Report of the Indian Hemp Drugs Commission, 1894-1895 - Volume IV
Year: 1894
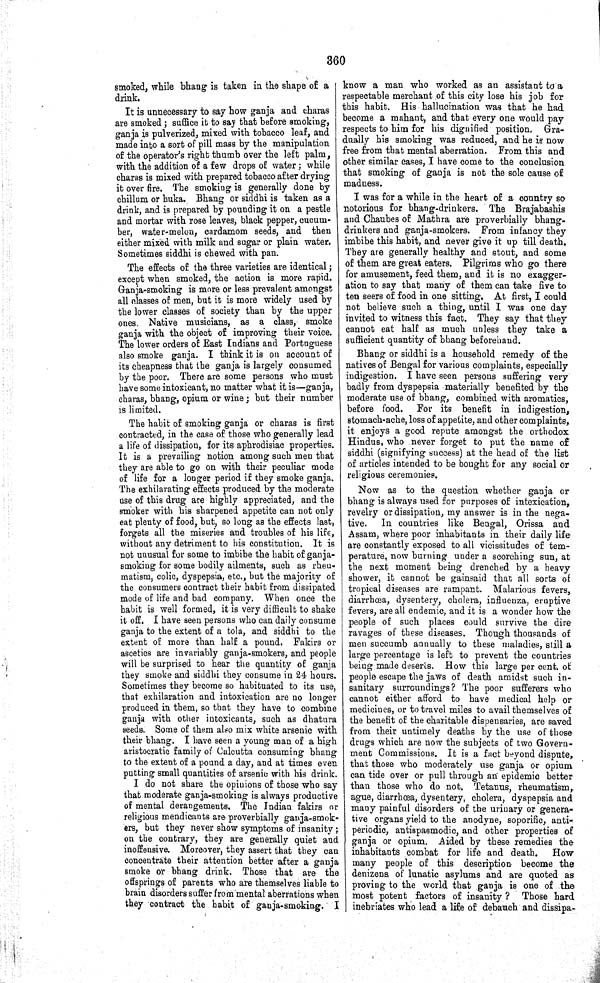
360
smoked, while bhang is taken in the shape of a
drink.
It is unnecessary to say how ganja and charas
are smoked; suffice it to say that before smoking,
ganja is pulverized, mixed with tobacco leaf, and
made into a sort of pill mass by the manipulation
of the operator's right thumb over the left palm,
with the addition of a few drops of water; while
charas is mixed with prepared tobacco after drying
it over fire. The smoking is generally done by
chillum or huka. Bhang or siddhi is taken as a
drink, and is prepared by pounding it on a pestle
and mortar with rose leaves, black pepper, cucum-
ber, water-melon, cardamom seeds, and then
either mixed with milk and sugar or plain water.
Sometimes siddhi is chewed with pan.
The effects of the three varieties are identical;
except when smoked, the action is more rapid.
Ganja-smoking is more or less prevalent amongst
all classes of men, but it is more widely used by
the lower classes of society than by the upper
ones. Native musicians, as a class, smoke
ganja with the object of improving their voice.
The lower orders of East Indians and Portuguese
also smoke ganja. I think it is on account of
its cheapness that the ganja is largely consumed
by the poor. There are some persons who must
have some intoxicant, no matter what it is—ganja,
charas, bhang, opium or wine; but their number
is limited.
The habit of smoking ganja or charas is first
contracted, in the case of those who generally lead
a life of dissipation, for its aphrodisiac properties.
It is a prevailing notion among such men that
they are able to go on with their peculiar mode
of life for a longer period if they smoke ganja.
The exhilarating effects produced by the moderate
use of this drug are highly appreciated, and the
smoker with his sharpened appetite can not only
eat plenty of food, but, so long as the effects last,
forgets all the miseries and troubles of his life,
without any detriment to his constitution. It is
not unusual for some to imbibe the habit of ganja-
smoking for some bodily ailments, such as rheu-
matism, colic, dyspepsia, etc., but the majority of
the consumers contract their habit from dissipated
mode of life and bad company. When once the
habit is well formed, it is very difficult to shake
it off. I have seen persons who can daily consume
ganja to the extent of a tola, and siddhi to the
extent of more than half a pound. Fakirs or
ascetics are invariably ganja-smokers, and people
will be surprised to hear the quantity of ganja
they smoke and siddhi they consume in 24 hours.
Sometimes they become so habituated to its use,
that exhilaration and intoxication are no longer
produced in them, so that they have to combine
ganja with other intoxicants, such as dhatura
seeds. Some of them also mix white arsenic with
their bhang. I have seen a young man of a high
aristocratic family of Calcutta consuming bhang
to the extent of a pound a day, and at times even
putting small quantities of arsenic with his drink.
I do not share the opinions of those who say
that moderate ganja-smoking is always productive
of mental derangements. The Indian fakirs or
religious mendicants are proverbially ganja-smok-
ers, but they never show symptoms of insanity;
on the contrary, they are generally quiet and
inoffensive. Moreover, they assert that they can
concentrate their attention better after a ganja
smoke or bhang drink. Those that are the
offsprings of parents who are themselves liable to
brain disorders suffer from mental aberrations when
they contract the habit of ganja-smoking. I
know a man who worked as an assistant to a
respectable merchant of this city lose his job for
this habit. His hallucination was that he had
become a mahant, and that every one would pay
respects to him for his dignified position. Gra-
dually his smoking was reduced, and he is now
free from that mental aberration. From this and
other similar cases, I have come to the conclusion
that smoking of ganja is not the sole cause of
madness.
I was for a while in the heart of a country so
notorious for bhang-drinkers. The Brajabashis
and Chaubes of Mathra are proverbially bhang-
drinkers and ganja-smokers. From infancy they
imbibe this habit, and never give it up till death.
They are generally healthy and stout, and some
of them are great eaters. Pilgrims who go there
for amusement, feed them, and it is no exagger-
ation to say that many of them can take five to
ten seers of food in one sitting. At first, I could
not believe such a thing, until I was one day
invited to witness this fact. They say that they
cannot eat half as much unless they take a
sufficient quantity of bhang beforehand.
Bhang or siddhi is a household remedy of the
natives of Bengal for various complaints, especially
indigestion. I have seen persons suffering very
badly from dyspepsia materially benefited by the
moderate use of bhang, combined with aromatics,
before food. For its benefit in indigestion,
stomach-ache, loss of appetite, and other complaints,
it enjoys a good repute amongst the orthodox
Hindus, who never forget to put the name of
siddhi (signifying success) at the head of the list
of articles intended to be bought for any social or
religious ceremonies.
Now as to the question whether ganja or
bhang is always used for purposes of intexication,
revelry or dissipation, my answer is in the nega-
tive.
In countries like Bengal, Orissa and
Assam, where poor inhabitants in their daily life
are constantly exposed to all vicissitudes of tem-
perature, now burning under a scorching sun, at
the next moment being drenched by a heavy
shower, it cannot be gainsaid that all sorts of
tropical diseases are rampant. Malarious fevers,
diarrhœa, dysentery, cholera, influenza, eruptive
fevers, are all endemic, and it is a wonder how the
people of such places could survive the dire
ravages of these diseases. Though thousands of
men succumb annually to these maladies, still a
large percentage is left to prevent the countries
being made deserts. How this large per cent. of
people escape the jaws of death amidst such in-
sanitary surroundings? The poor sufferers who
cannot either afford to have medical help or
medicines, or to travel miles to avail themselves of
the benefit of the charitable dispensaries, are saved
from their untimely deaths by the use of those
drugs which are now the subjects of two Govern-
ment Commissions. It is a fact beyond dispute,
that those who moderately use ganja or opium
can tide over or pull through an epidemic better
than those who do not. Tetanus, rheumatism,
ague, diarrhœa, dysentery, cholera, dyspepsia and
many painful disorders of the urinary or genera-
tive organs yield to the anodyne, soporific, anti-
periodic, antispasmodic, and other properties of
ganja or opium. Aided by these remedies the
inhabitants combat for life and death.
How
many people of this description become the
denizens of lunatic asylums and are quoted as
proving to the world that ganja is one of the
most potent factors of insanity? Those hard
inebriates who lead a life of debauch and dissipa-